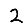
Digit: 2